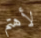
لأهتم